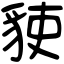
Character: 𧳅